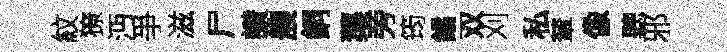
紋獠沔爭滋尸讃艘銅蕖旁筠鐍双刈私輦像聽邪